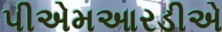
પીએમઆરડીએ